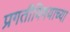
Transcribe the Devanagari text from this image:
प्रगतीविषयाच्या